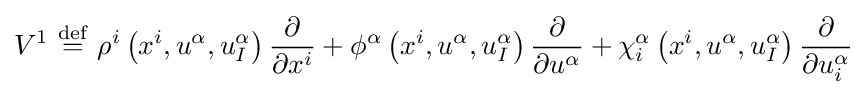
V^{1}\ {\stackrel {\mathrm {def} }{=}}\ \rho ^{i}\left(x^{i},u^{\alpha },u_{I}^{\alpha }\right){\frac {\partial }{\partial x^{i}}}+\phi ^{\alpha }\left(x^{i},u^{\alpha },u_{I}^{\alpha }\right){\frac {\partial }{\partial u^{\alpha }}}+\chi _{i}^{\alpha }\left(x^{i},u^{\alpha },u_{I}^{\alpha }\right){\frac {\partial }{\partial u_{i}^{\alpha }}}